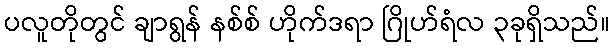
ပလူတိုတွင် ချာရွန် နစ်စ် ဟိုက်ဒရာ ဂြိုဟ်ရံလ ၃ခုရှိသည်။